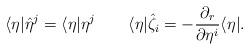
LaTeX: \begin{align*}\langle\eta|\hat{\eta}^j=\langle\eta|\eta^j\qquad\langle\eta|\hat{\zeta}_i=-\frac{\partial_r}{\partial\eta^i}\langle\eta|.\end{align*}